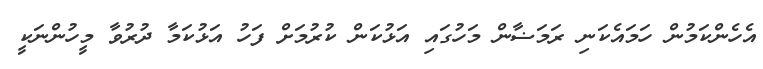
އެހެންކަމުން ހަމައެކަނި ރަމަޟާން މަހުގައި އަޅުކަން ކުރުމަށް ފަހު އަޅުކަމާ ދުރުވާ މީހުންނަކީ